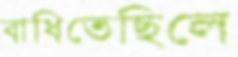
বাধিতেছিলে